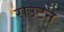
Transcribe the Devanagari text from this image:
राउटन